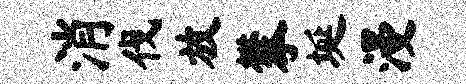
消伐放攀埏漫